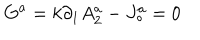
G ^ { a } = k \partial _ { 1 } A _ { 2 } ^ { a } - J _ { \circ } ^ { a } = 0